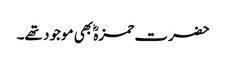
حضرت حمزہؓ بھی موجود تھے۔